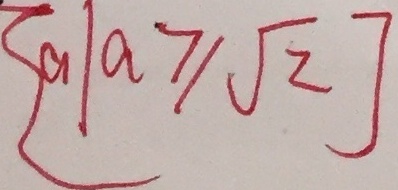
\{ a \vert a \geq \sqrt { 2 } ]